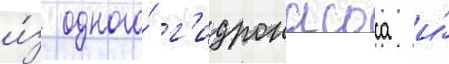
и́з одного́ г'идронасоса и́